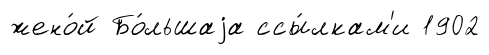
жено́й Бо́льшаjа ссы́лкам'и 1902